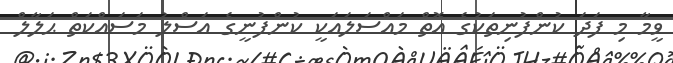
ވީމާ މި ފަދަ ކުންފުނިތަކުގެ އޮތް މައްސަލައަކީ ކުންފުނީގެ އަސްލު މަސައްކަތް ޙަލާލް